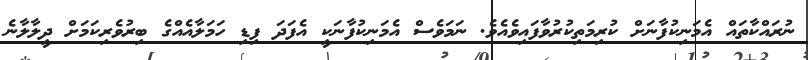
ނުރައްކާތައް އެމަނިކުފާނަށް ކުރިމަތިކުރުވާފައިވެއެވެ. ނަމަވެސް އެމަނިކުފާނަކީ އެފަދަ ފިޑި ހަމަލާއެއްގެ ބިރުވެރިކަމަށް ދީލާލާނެ